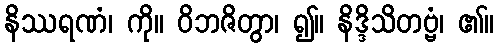
နိဿရဏံ၊ ကို။ ဝိဘဇိတွာ၊ ၍။ နိဒ္ဒိသိတဗ္ဗံ၊ ၏။